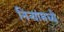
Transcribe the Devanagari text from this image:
निऱ्यांमध्ये